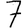
Digit: 7